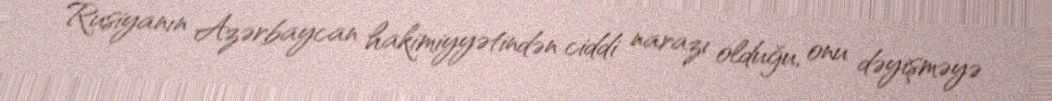
Rusiyanın Azərbaycan hakimiyyətindən ciddi narazı olduğu, onu dəyişməyə